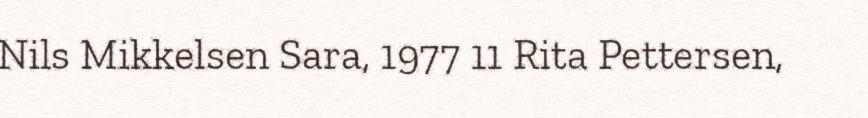
Nils Mikkelsen Sara, 1977 11 Rita Pettersen,